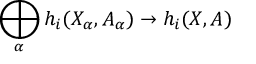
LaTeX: { } \quad \bigoplus _ { \alpha } h _ { i } ( X _ { \alpha } , A _ { \alpha } ) \to h _ { i } ( X , A )